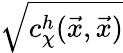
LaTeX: \sqrt{c_{\chi}^{h}(\vec{x},\vec{x})}